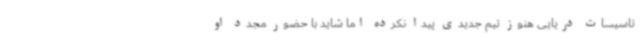
تاسیسات دریایی هنوز تیم جدیدی پیدا نکرده اما شاید با حضور مجدد او